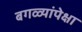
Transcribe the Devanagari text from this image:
बगळ्यांपेक्षा